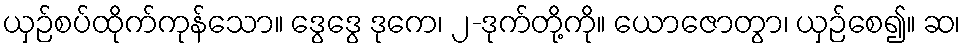
ယှဉ်စပ်ထိုက်ကုန်သော။ ဒွေဒွေ ဒုကေ၊ ၂-ဒုက်တို့ကို။ ယောဇောတွာ၊ ယှဉ်စေ၍။ ဆ၊